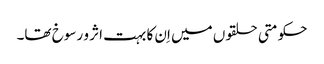
حکومتی حلقوں میں اِن کا بہت اثر و رسوخ تھا۔